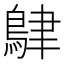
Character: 𪀴